Civil Veterinary Department. Central Provinces & Berar 1932-41 - 1932-1941
Year: 1932
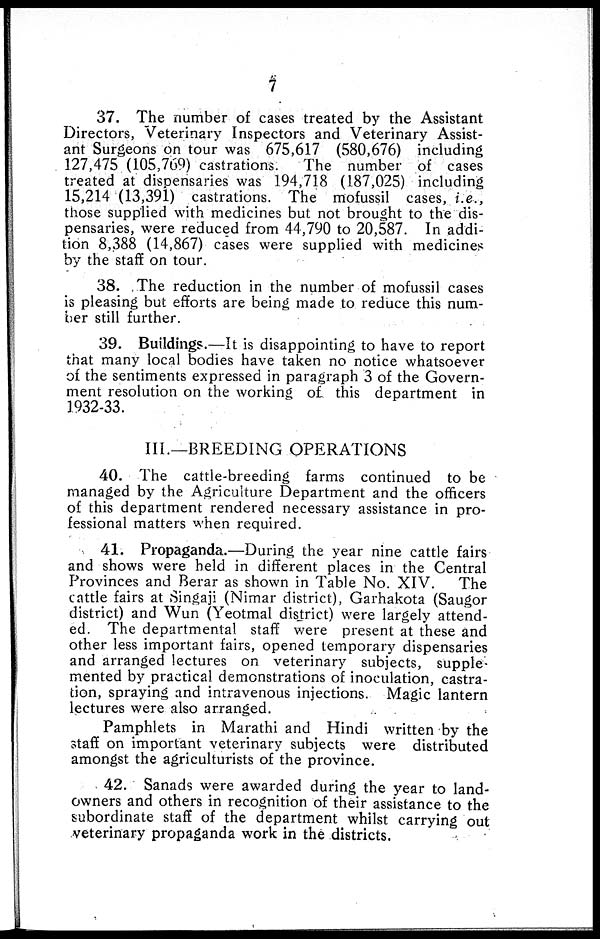
7
37. The number of cases treated by the Assistant
Directors, Veterinary Inspectors and Veterinary Assist-
ant Surgeons on tour was 675,617 (580,676) including
127,475 (105,769) castrations.
The number of cases
treated at dispensaries was 194,718 (187,025) including
15,214 (13,391) castrations. The mofussil cases, i.e.,
those supplied with medicines but not brought to the dis-
pensaries, were reduced from 44,790 to 20,587. In addi-
tion 8,388 (14,867) cases were supplied with medicines
by the staff on tour.
38. The reduction in the number of mofussil cases
is pleasing but efforts are being made to reduce this num-
ber still further.
39. Buildings.—It is disappointing to have to report
that many local bodies have taken no notice whatsoever
of the sentiments expressed in paragraph 3 of the Govern-
ment resolution on the working of this department in
1932-33.
III.—BREEDING OPERATIONS
40. The cattle-breeding farms continued to be
managed by the Agriculture Department and the officers
of this department rendered necessary assistance in pro-
fessional matters when required.
41. Propaganda.—During the year nine cattle fairs
and shows were held in different places in the Central
Provinces and Berar as shown in Table No. XIV.
The
cattle fairs at Singaji (Nimar district), Garhakota (Saugor
district) and Wun (Yeotmal district) were largely attend-
ed. The departmental staff were present at these and
other less important fairs, opened temporary dispensaries
and arranged lectures on veterinary subjects, supple-
mented by practical demonstrations of inoculation, castra-
tion, spraying and intravenous injections. Magic lantern
lectures were also arranged.
Pamphlets in Marathi and Hindi written by the
staff on important veterinary subjects were distributed
amongst the agriculturists of the province.
42. Sanads were awarded during the year to land-
owners and others in recognition of their assistance to the
subordinate staff of the department whilst carrying out
veterinary propaganda work in the districts.